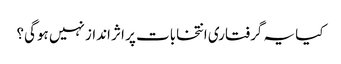
کیا یہ گرفتاری انتخابات پر اثر انداز نہیں ہوگی؟